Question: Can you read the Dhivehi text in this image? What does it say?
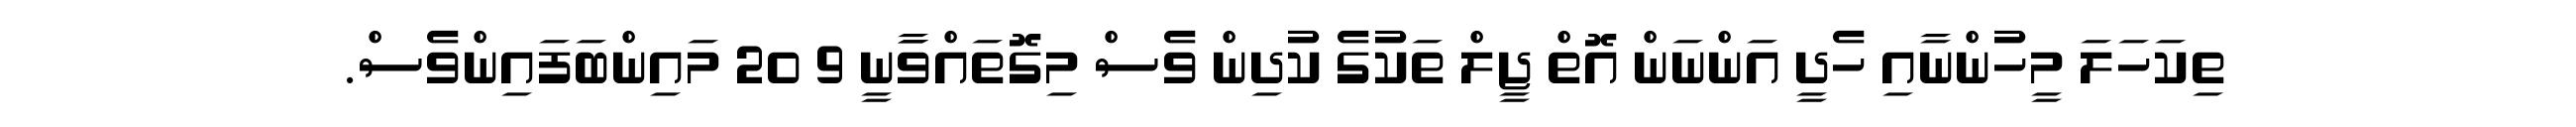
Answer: ތިކަހަލަ މީހުންނާއި ހެދީ އަންނަން އޮތް ޖީލް ތަކުގެ ކުދިން ވެސް މިގޮތައްވަާނީ 9 20 މައިންބަފައިންވެސް.